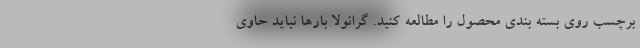
برچسب روی بسته بندی محصول را مطالعه کنید. گرانولا بارها نباید حاوی